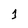
Character: 1